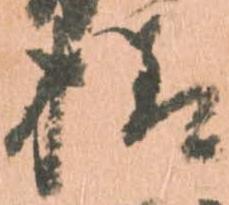
様